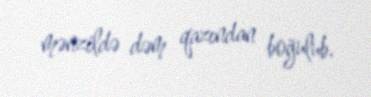
mənzildə dəm qazından boğulub.